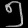
Digit: ၅